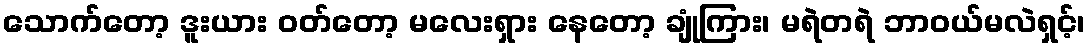
သောက်တော့ ဒူးယား ဝတ်တော့ မလေးရှား နေတော့ ချုံကြား၊ မရဲတရဲ ဘာဝယ်မလဲရှင့်၊